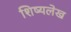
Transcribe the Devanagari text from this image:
शिष्यलेख